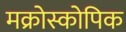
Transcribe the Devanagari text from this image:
मक्रोस्कोपिक